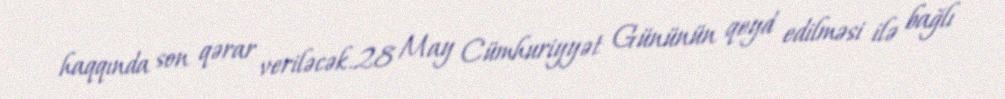
haqqında son qərar veriləcək.28 May Cümhuriyyət Gününün qeyd edilməsi ilə bağlı